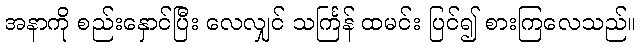
အနာကို စည်းနှောင်ပြီး လေလျှင် သင်္ကြန် ထမင်း ပြင်၍ စားကြလေသည်။